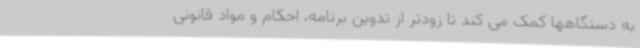
به دستگاهها کمک می کند تا زودتر از تدوین برنامه، احکام و مواد قانونی